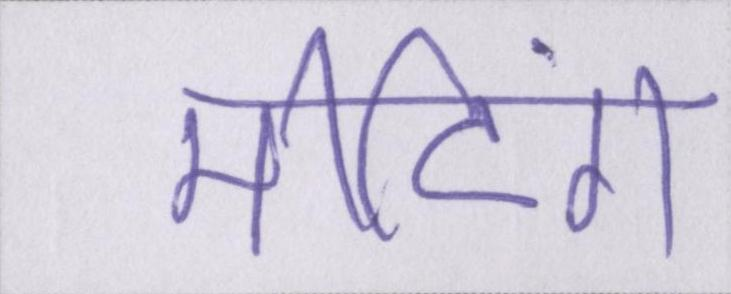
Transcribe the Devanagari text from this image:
मीटिंग